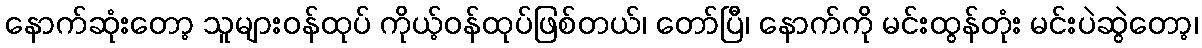
နောက်ဆုံးတော့ သူများဝန်ထုပ် ကိုယ့်ဝန်ထုပ်ဖြစ်တယ်၊ တော်ပြီ၊ နောက်ကို မင်းထွန်တုံး မင်းပဲဆွဲတော့၊